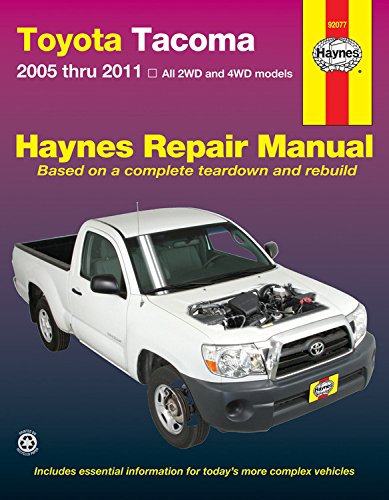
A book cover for Toyota Tacoma 2005 thru 2011: All 2WD and 4WD models (Haynes Repair Manual); Engineering & Transportation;